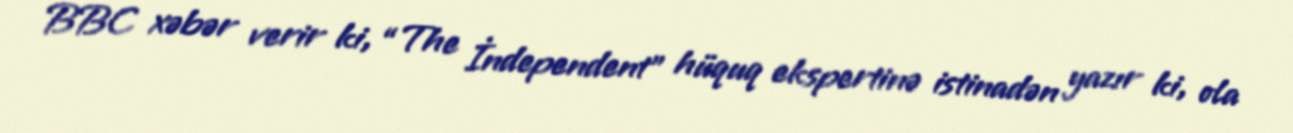
BBC xəbər verir ki, “The İndependent” hüquq ekspertinə istinadən yazır ki, ola